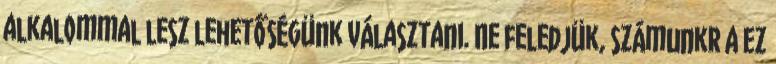
alkalommal lesz lehetőségünk választani. Ne feledjük, számunkr a ez